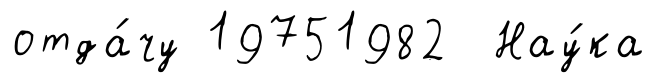
отда́чу 19751982 Нау́ка